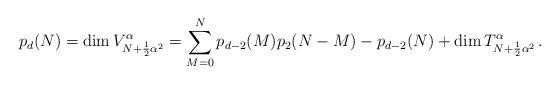
LaTeX: \begin{align*}p_d(N)=\mbox{dim} \, V^{\alpha}_{N+\frac{1}{2}{\alpha}^2}= \sum_{M=0}^{N}p_{d-2}(M)p_2(N-M) -p_{d-2}(N)+ \mbox{dim} \, T^{\alpha}_{N+\frac{1}{2}{\alpha}^2}\, .\end{align*}